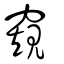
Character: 窺